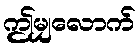
ဤမျှလောက်